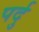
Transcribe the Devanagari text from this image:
पर्दु